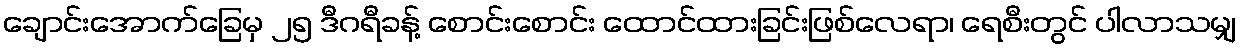
ချောင်းအောက်ခြေမှ ၂၅ ဒီဂရီခန့် စောင်းစောင်း ထောင်ထားခြင်းဖြစ်လေရာ၊ ရေစီးတွင် ပါလာသမျှ